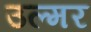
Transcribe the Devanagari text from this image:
उल्मर